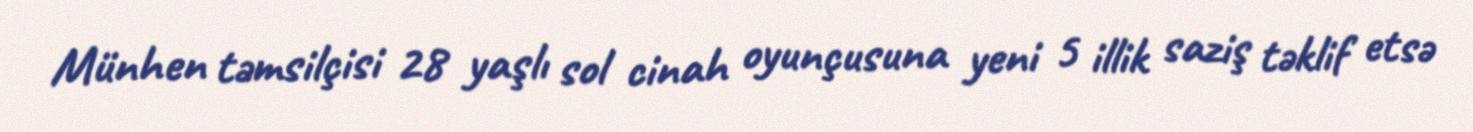
Münhen təmsilçisi 28 yaşlı sol cinah oyunçusuna yeni 5 illik saziş təklif etsə